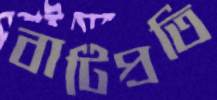
বাটিপ্রতি